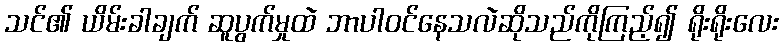
သင်၏ ယိမ်းခါချက် ဆူပွက်မှုထဲ ဘာပါဝင်နေသလဲဆိုသည်ကိုကြည့်၍ ရိုးရိုးလေး